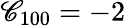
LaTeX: \mathscr{C}_{100}=-2